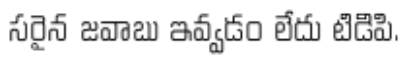
సరైన జవాబు ఇవ్వడం లేదు టిడిపి.